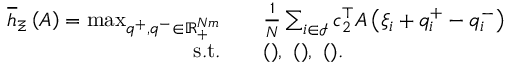
\begin{array} { r l } { \overline { { h } } _ { \Xi } \left( A \right) = \operatorname* { m a x } _ { { q } ^ { + } , { q } ^ { - } \in { \mathbb R } _ { + } ^ { N m } } \quad } & { \frac { 1 } { N } \sum _ { i \in { \mathcal I } } { c } _ { 2 } ^ { \top } A \left( { \xi } _ { i } + { q } _ { i } ^ { + } - { q } _ { i } ^ { - } \right) } \\ { \mathrm { s . t . } \quad } & { \mathrm { ( ) , ~ ( ) , ~ ( ) . ~ } } \end{array}